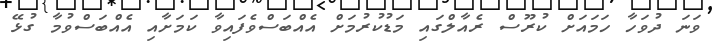
ވަނަ ދުވަހާ ހަމައަށް ކުރޫސް ރެއާލްގައި މަޑުކުރުމަށް އެއްބަސްވެފައިވާ ކަމަށާއި އެއްބަސްވުމާ ގުޅޭ